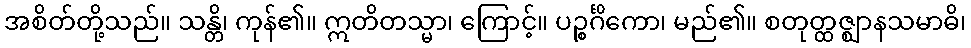
အစိတ်တို့သည်။ သန္တိ၊ ကုန်၏။ ဣတိတသ္မာ၊ ကြောင့်။ ပဉ္စင်္ဂိကော၊ မည်၏။ စတုတ္ထဇ္ဈာနသမာဓိ၊